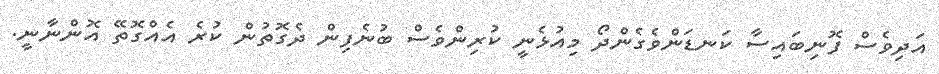
އަދިވެސް ފޮނިބައިސާ ކަނޑަންވެގެންދޯ މިއުޅެނީ ކުރިންވެސް ބުނެފިން ދެގޮތުން ކުރެ އެއްގޮތޭ އޮންނާނީ.